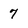
Character: 7